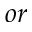
o r